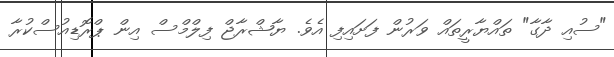
"ސުއި ދާގާ" ތައްޔާރީތައް ވަރުން ފަށައިފި އެވެ. ޔާޝްރާޖް ފިލްމްސް އިން ޕްރޮޑިއުސްކުރާ